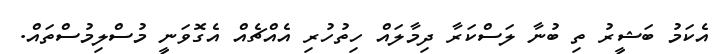
އެކަމު ބަޝީރު ތި ބުނާ ލަސްކަރާ ދިމާލައް ހިތުހުރި އެއްޗެއް އެގޮވަނީ މުސްލިމުސްތައް.